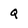
Character: Q